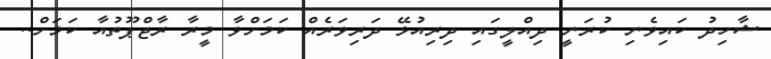
ޝާހިދު ކައިވެނި ކުރަނީ ދިއްލީގައި ދިރިއުޅޭ ދަރިވަރެއް ކަމަށްވާ މީރާ ރާޖްޕޫތުއާ ކަމަށް..